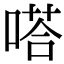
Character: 嗒